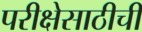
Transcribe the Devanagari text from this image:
परीक्षेसाठीची